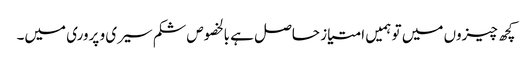
کچھ چیزوں میں تو ہمیں امتیاز حاصل ہے بالخصوص شکم سیری و پروری میں۔